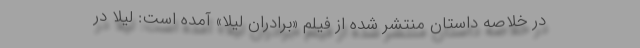
در خلاصه داستان منتشر شده از فیلم «برادران لیلا» آمده است: لیلا در